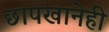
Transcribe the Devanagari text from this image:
छापखानेही